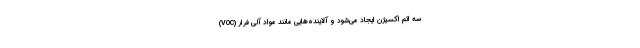
سه اتم اکسیژن ایجاد می‌شود و آلاینده‌هایی مانند مواد آلی فرار (VOC)